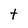
Character: t